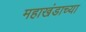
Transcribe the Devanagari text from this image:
महाखंडाच्या